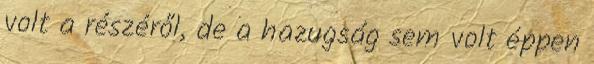
volt a részéről, de a hazugság sem volt éppen